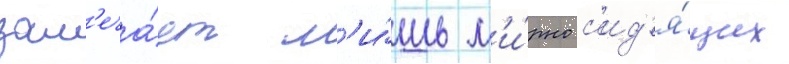
зам'еча́ет л'и́шь м'и́рно с'ид'я́щих